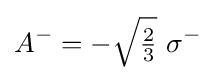
A^{-}=-{\sqrt {\tfrac {2}{3}}}\ \sigma ^{-}